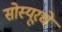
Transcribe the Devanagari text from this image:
सोस्यूरचे